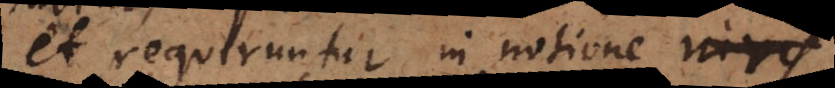
et requiruntur in notione